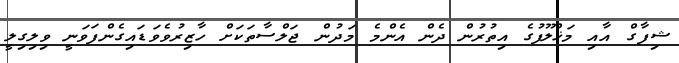
ޝިފާގް އާއި މަޚްލޫފުގެ އިތުރުން ދެން އެންމެ މަދުން ޖަލްސާތަކަށް ހާޒިރުވެވަޑައިގެންފަވަނީ ވިލިގިލީ